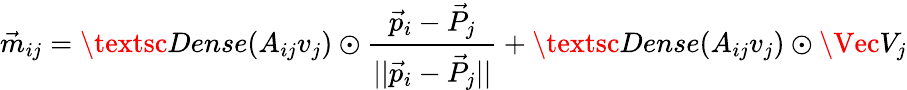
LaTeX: \vec{m}_{ij}=\textsc{Dense}(A_{ij}v_{j})\odot\frac{\vec{p}_{i}-\vec{P}_{j}}{||\vec{p}_{i}-\vec{P}_{j}||}+\textsc{Dense}(A_{ij}v_{j})\odot\Vec{V}_{j}